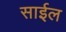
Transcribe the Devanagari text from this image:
साईल